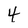
Character: 4